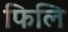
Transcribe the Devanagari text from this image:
फिलि